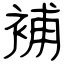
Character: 補